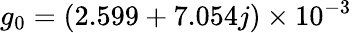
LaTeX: g_{0}=(2.599+7.054j)\times 10^{-3}